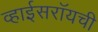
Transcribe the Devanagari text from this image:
व्हाईसरॉयची